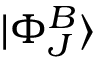
| \Phi _ { J } ^ { B } \rangle